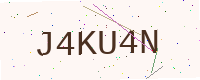
Text: J4KU4N